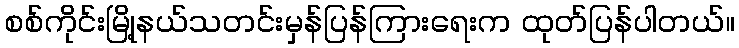
စစ်ကိုင်းမြို့နယ်သတင်းမှန်ပြန်ကြားရေးက ထုတ်ပြန်ပါတယ်။